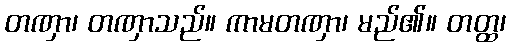
တဏှာ၊ တဏှာသည်။ ကာမတဏှာ၊ မည်၏။ တတ္ထ၊